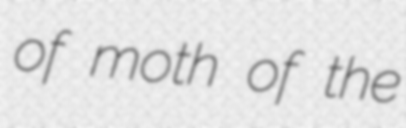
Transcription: of moth of the